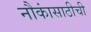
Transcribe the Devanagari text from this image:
नौकांसाठीची